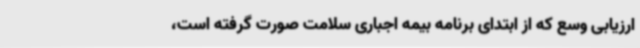
ارزیابی وسع که از ابتدای برنامه بیمه اجباری سلامت صورت گرفته است،